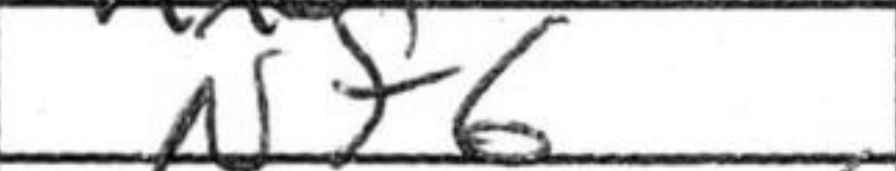
Transcription: Nf6